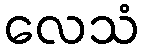
လေသံ